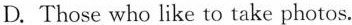
D. Those who like to take photos.